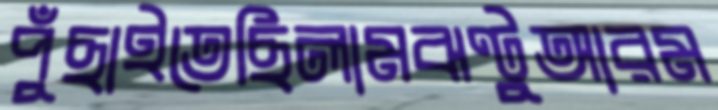
পুঁছাইতেছিলামঝণ্টুআরম